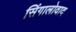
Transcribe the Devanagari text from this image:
सिंगालोवाद